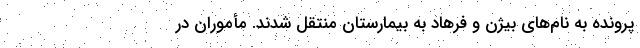
پرونده به نام‌های بیژن و فرهاد به بیمارستان منتقل شدند. مأموران در